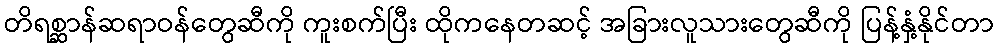
တိရစ္ဆာန်ဆရာဝန်တွေဆီကို ကူးစက်ပြီး ထိုကနေတဆင့် အခြားလူသားတွေဆီကို ပြန့်နှံ့နိုင်တာ